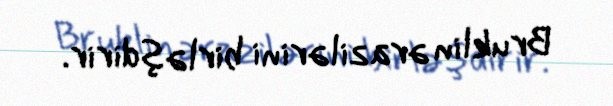
Bruklin ərazilərini birləşdirir.